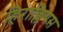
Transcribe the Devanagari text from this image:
हिराक्लियस